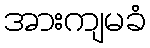
အားကျမခံ